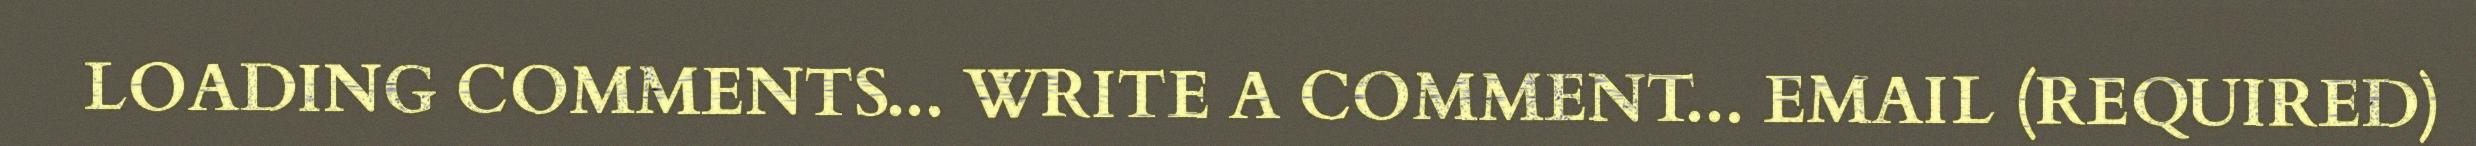
LOADING COMMENTS... WRITE A COMMENT... EMAIL (REQUIRED)